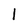
Character: 1